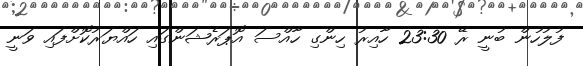
ފުލުހުން ބުނީ ރޭ 23:30 ހާއިރު ހިންގި ހާއްސަ އޮޕަރެޝަންގައި ހައްޔަރުކޮށްފައި ވަނީ